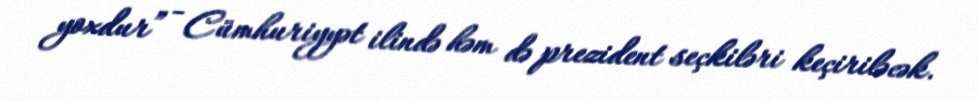
yoxdur” - Cümhuriyyət ilində həm də prezident seçkiləri keçiriləcək.